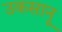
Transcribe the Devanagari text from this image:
उकसानू